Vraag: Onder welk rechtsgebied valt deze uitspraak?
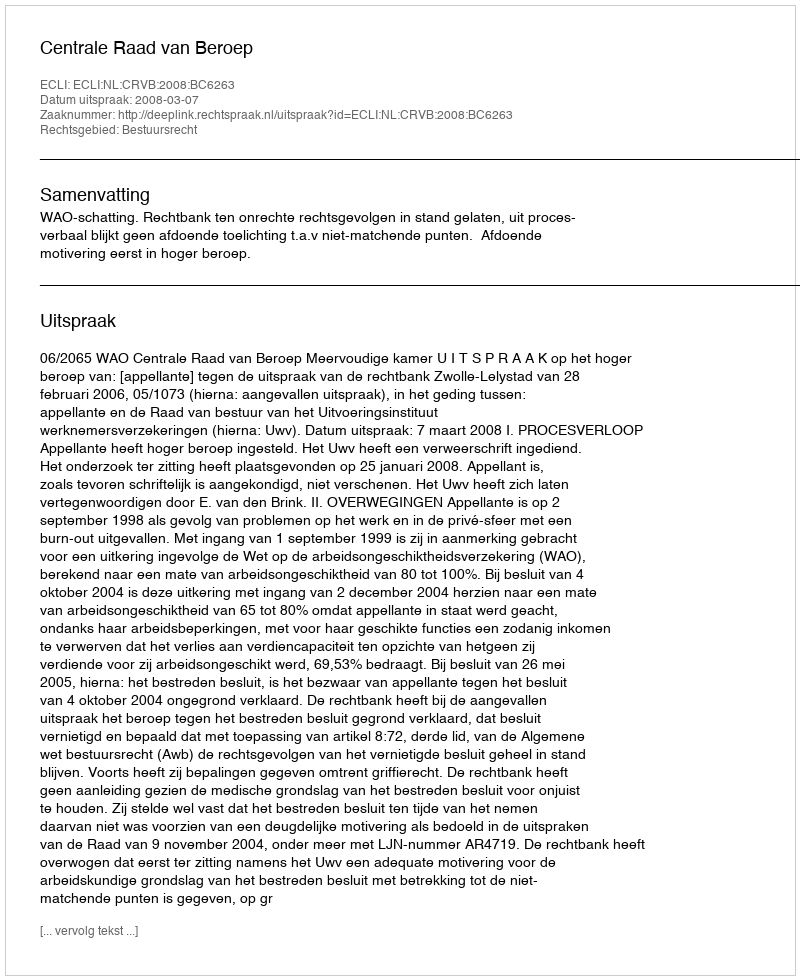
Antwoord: Bestuursrecht